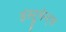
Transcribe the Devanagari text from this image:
इंस्ट्रुमेन्ट्स